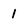
Character: 1